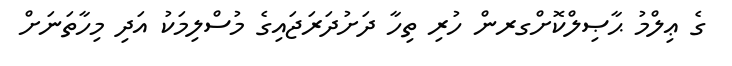
ގެ ޢިލްމު ޙާޞިލްކޮށްގރން ހުރި ތިހާ ދަށުދަރަޖައިގެ މުސްލިމަކު އަދި މިހާތަނަށް